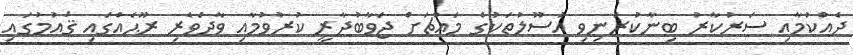
ދެއްކުމާއި ސަރުކާރު ބިނާކުރަނިވި އުސޫލުތަކުގެ މައްޗަށް ޖަވާބުދާރީ ކުރުވުމާއި ވާދަވެރި ރޫޙެއްގައި ޤައުމުގައި